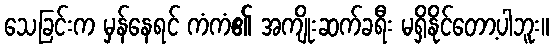
သေခြင်းက မှန်နေရင် ကံကံ၏ အကျိုးဆက်ခရီး မရှိနိုင်တော့ပါဘူး။